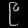
Digit: ၉